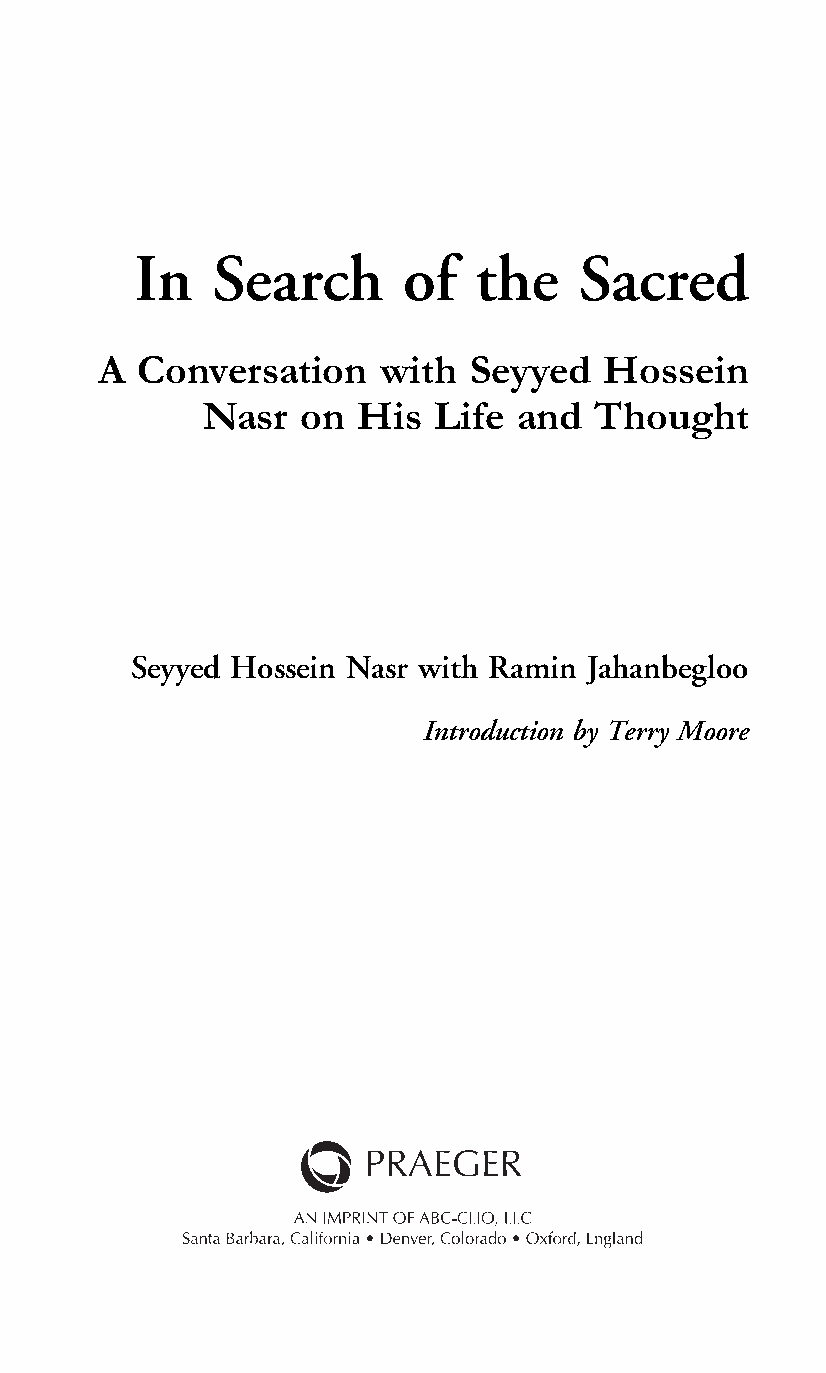
In   Search       of   the    Sacred
 A Conversation     with Seyyed   Hossein
 Nasr  on  His  Life  and  Thought
 Seyyed Hossein Nasr with Ramin Jahanbegloo
 Introduction by Terry Moore